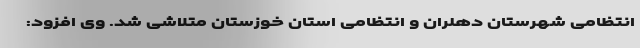
انتظامی شهرستان دهلران و انتظامی استان خوزستان متلاشی شد. وی افزود: